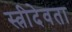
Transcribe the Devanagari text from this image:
स्त्रीदेवता